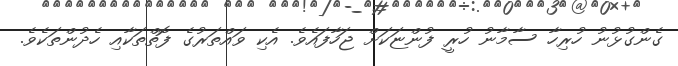
ގެންގުޅުނު ހުރިހާ ސާމާނު ހުރީ ފުންޏަކަށް ޖަހާފައެވެ. އެކި ވައްތަރުގެ ފޮތްތަކާއި ހެދުންތަކެވެ.